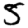
Digit: 5